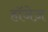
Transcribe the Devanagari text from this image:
हॉजेज़